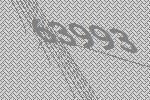
63993